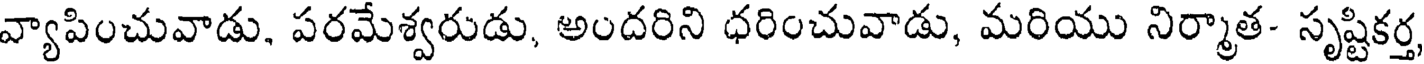
వ్యాపించువాడు, పరమేశ్వరుడు, అందరిని ధరించువాడు, మరియు నిర్మాత- సృష్టికర్త